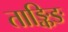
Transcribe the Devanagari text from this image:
ताङ्किङ